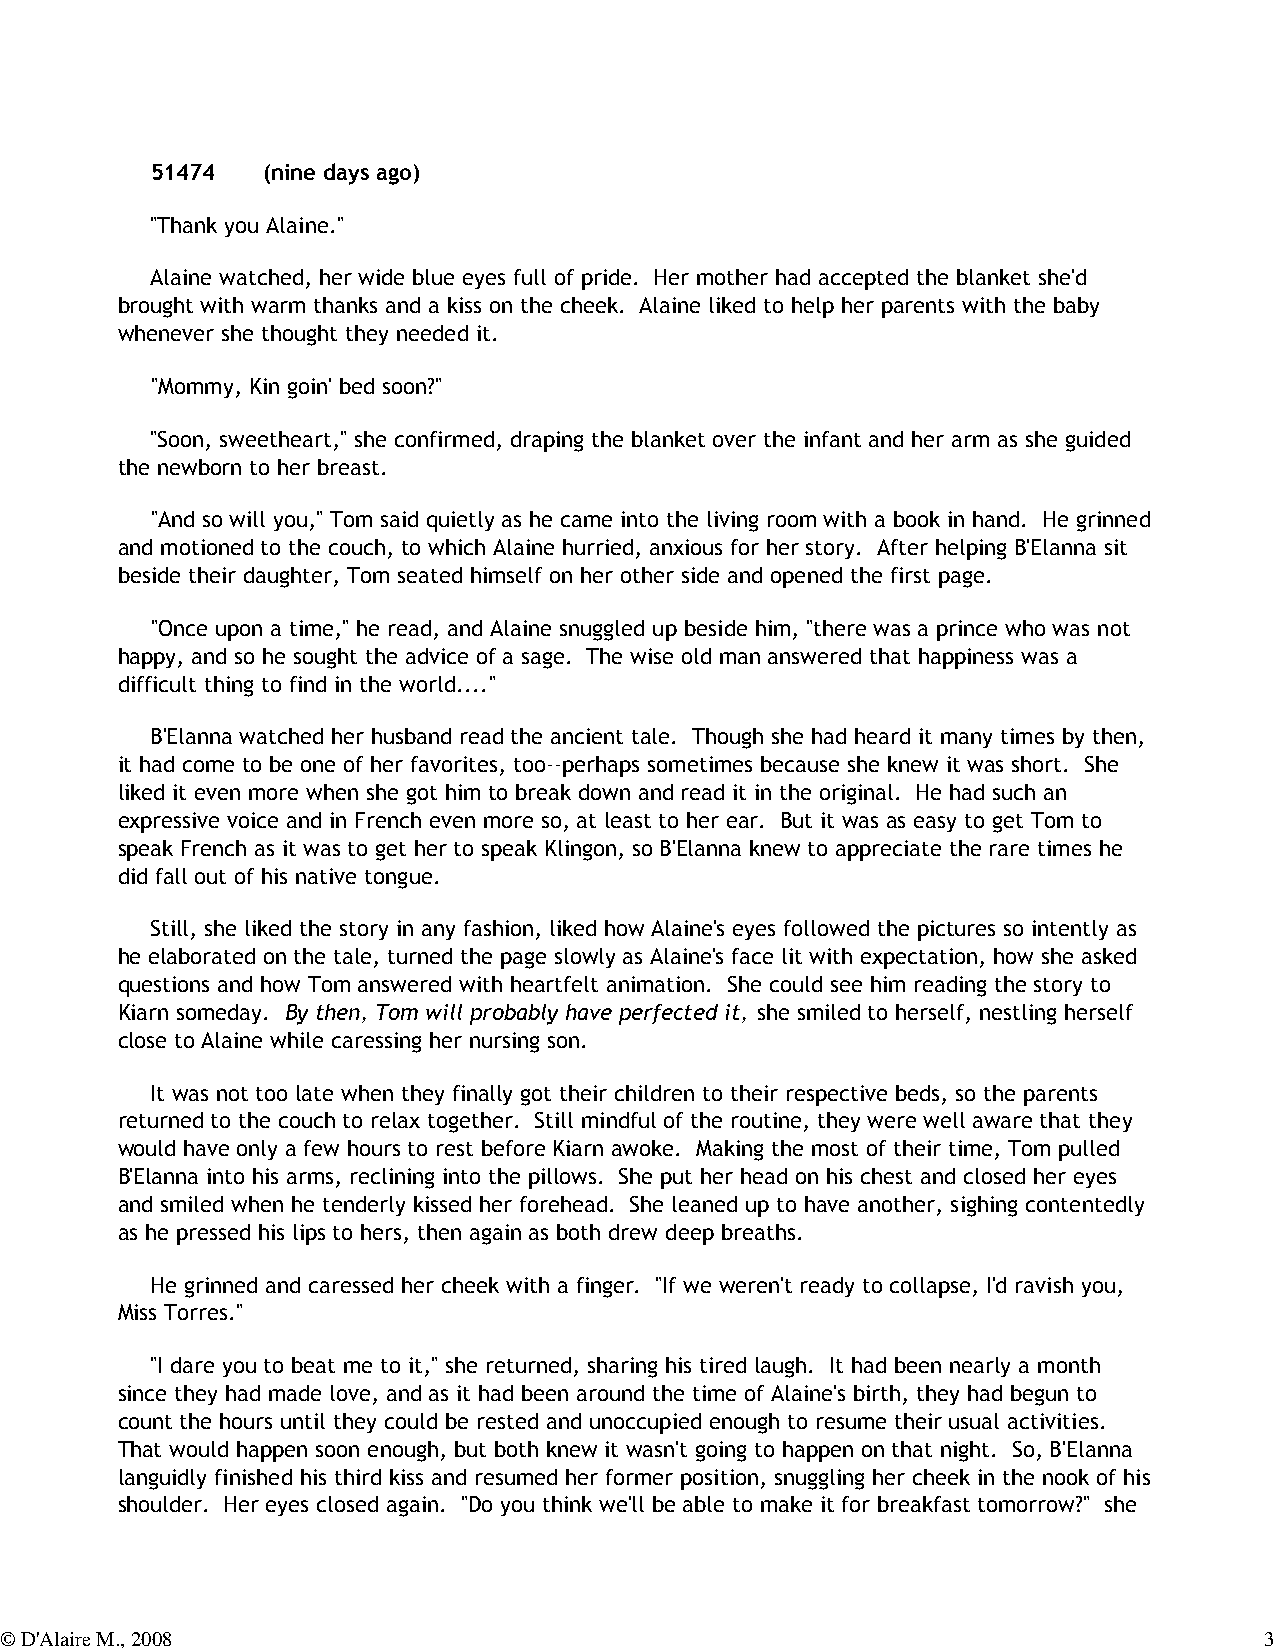
51474  (nine days ago)
 "Thank you Alaine."
 Alaine watched, her wide blue eyes full of pride. Her mother had accepted the blanket she'd
 brought with warm thanks and a kiss on the cheek. Alaine liked to help her parents with the baby
 whenever she thought they needed it.
 "Mommy, Kin goin' bed soon?"
 "Soon, sweetheart," she confirmed, draping the blanket over the infant and her arm as she guided
 the newborn to her breast.
 "And so will you," Tom said quietly as he came into the living room with a book in hand. He grinned
 and motioned to the couch, to which Alaine hurried, anxious for her story. After helping B'Elanna sit
 beside their daughter, Tom seated himself on her other side and opened the first page.
 "Once upon a time," he read, and Alaine snuggled up beside him, "there was a prince who was not
 happy, and so he sought the advice of a sage. The wise old man answered that happiness was a
 difficult thing to find in the world...."
 B'Elanna watched her husband read the ancient tale. Though she had heard it many times by then,
 it had come to be one of her favorites, too--perhaps sometimes because she knew it was short. She
 liked it even more when she got him to break down and read it in the original. He had such an
 expressive voice and in French even more so, at least to her ear. But it was as easy to get Tom to
 speak French as it was to get her to speak Klingon, so B'Elanna knew to appreciate the rare times he
 did fall out of his native tongue.
 Still, she liked the story in any fashion, liked how Alaine's eyes followed the pictures so intently as
 he elaborated on the tale, turned the page slowly as Alaine's face lit with expectation, how she asked
 questions and how Tom answered with heartfelt animation. She could see him reading the story to
 Kiarn someday. By then, Tom will probably have perfected it, she smiled to herself, nestling herself
 close to Alaine while caressing her nursing son.
 It was not too late when they finally got their children to their respective beds, so the parents
 returned to the couch to relax together. Still mindful of the routine, they were well aware that they
 would have only a few hours to rest before Kiarn awoke. Making the most of their time, Tom pulled
 B'Elanna into his arms, reclining into the pillows. She put her head on his chest and closed her eyes
 and smiled when he tenderly kissed her forehead. She leaned up to have another, sighing contentedly
 as he pressed his lips to hers, then again as both drew deep breaths.
 He grinned and caressed her cheek with a finger. "If we weren't ready to collapse, I'd ravish you,
 Miss Torres."
 "I dare you to beat me to it," she returned, sharing his tired laugh. It had been nearly a month
 since they had made love, and as it had been around the time of Alaine's birth, they had begun to
 count the hours until they could be rested and unoccupied enough to resume their usual activities.
 That would happen soon enough, but both knew it wasn't going to happen on that night. So, B'Elanna
 languidly finished his third kiss and resumed her former position, snuggling her cheek in the nook of his
 shoulder. Her eyes closed again. "Do you think we'll be able to make it for breakfast tomorrow?" she
 © D'Alaire M., 2008                                                                 3